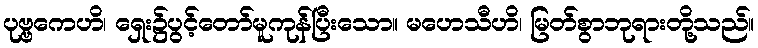
ပုဗ္ဗကေဟိ၊ ရှေး၌ပွင့်တော်မူကုန်ပြီးသော။ မဟေသီဟိ၊ မြတ်စွာဘုရားတို့သည်။